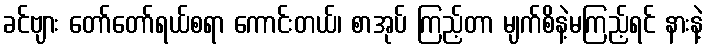
ခင်ဗျား တော်တော်ရယ်စရာ ကောင်းတယ်၊ စာအုပ် ကြည့်တာ မျက်စိနဲ့မကြည့်ရင် နားနဲ့